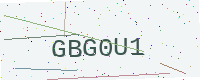
Text: GBG0U1